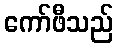
ကော်ဖီသည်